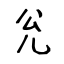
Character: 兊